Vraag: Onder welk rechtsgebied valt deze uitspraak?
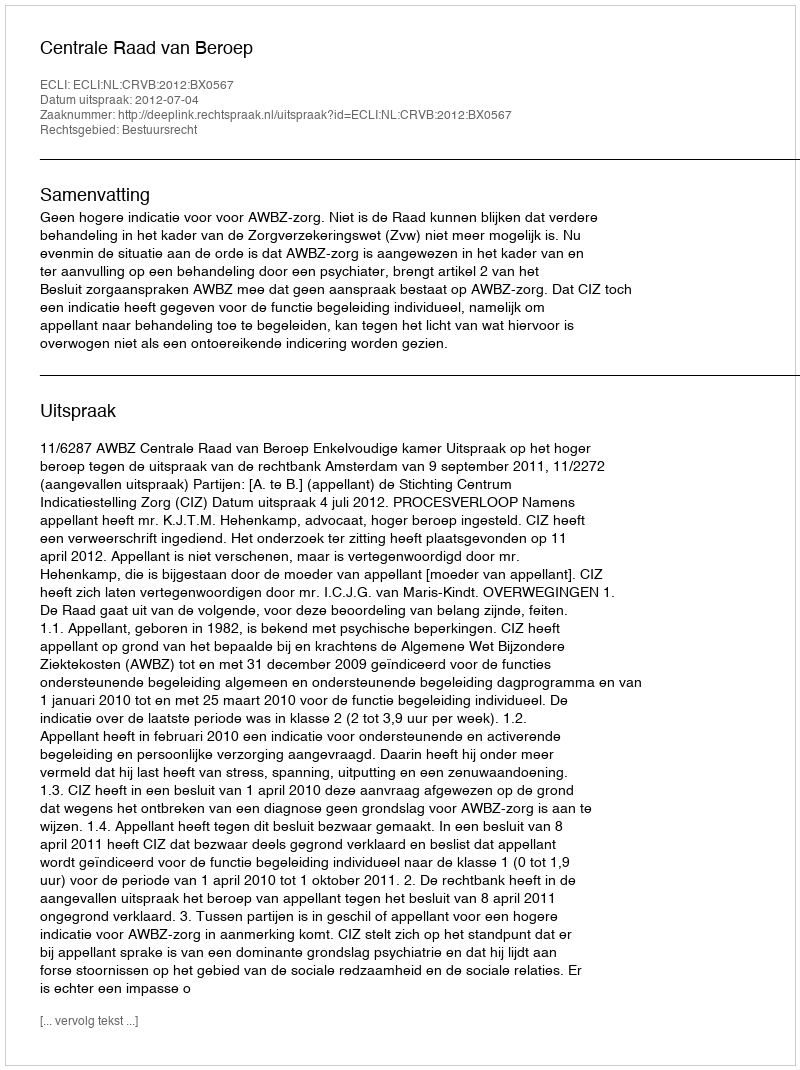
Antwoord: Bestuursrecht